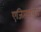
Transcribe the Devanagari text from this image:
एजिप्तमधले